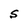
Character: S